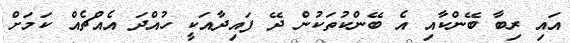
އައި ރިބާ ބޭންކާއި އެ ބޭންކުތަކުން ދޭ ފައިދާއަކީ ހުއްދަ އެއްޗެއް ކަމަށް